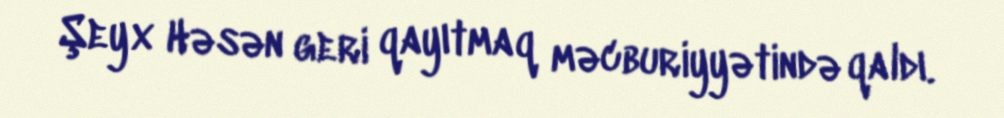
Şeyx Həsən geri qayıtmaq məcburiyyətində qaldı.